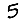
Digit: 5